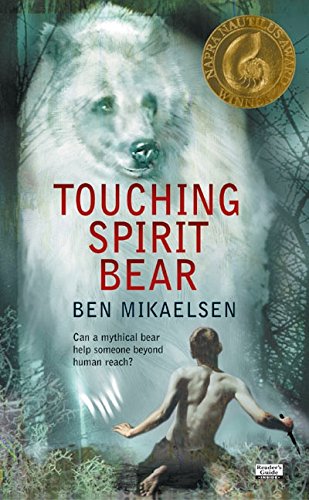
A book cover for Touching Spirit Bear; Ben Mikaelsen; Children's Books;